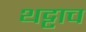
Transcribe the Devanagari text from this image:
थट्टाच